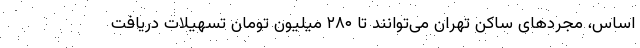
اساس، مجردهای ساکن تهران می‌توانند تا ۲۸۰ میلیون تومان تسهیلات دریافت